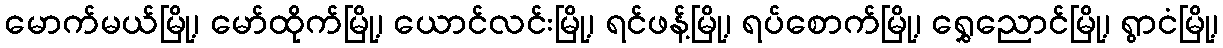
မောက်မယ်မြို့၊ မော်ထိုက်မြို့၊ ယောင်လင်းမြို့၊ ရင်ဖန့်မြို့၊ ရပ်စောက်မြို့၊ ရွှေညောင်မြို့၊ ရွာငံမြို့၊